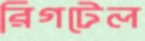
রিগটেল